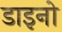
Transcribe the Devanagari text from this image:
डाइनो